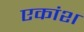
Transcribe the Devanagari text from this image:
एकांश